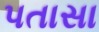
પતાસા